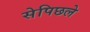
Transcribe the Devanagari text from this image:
सेपिछले